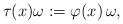
LaTeX: \begin{align*} \tau(x) \omega:= \varphi(x) \, \omega,\end{align*}